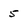
Character: 5